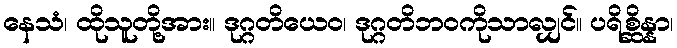
နေသံ၊ ထိုသူတို့အား။ ဒုဂ္ဂတိယေဝ၊ ဒုဂ္ဂတိဘဝကိုသာလျှင်။ ပရိစ္ဆိန္နာ၊